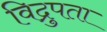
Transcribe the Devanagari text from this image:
विद्रुपता